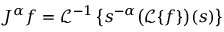
J ^ { \alpha } f = { \mathcal { L } } ^ { - 1 } \left\{ s ^ { - \alpha } { \bigl ( } { \mathcal { L } } \{ f \} { \bigr ) } ( s ) \right\}